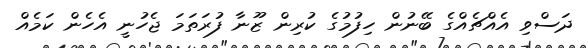
ދަސްވި އެއްޗެއްގެ ބޭނުން ހިފުމުގެ ކުރިން ޒޫނާ ފުރަތަމަ ޖެހުނީ އެހެން ކަމެއް